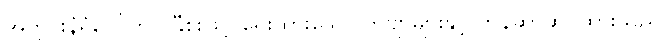
အတွင်းနံရံပေါ်တွင် နွီစူးဖြင့် ရေးထားသော ကဗျာများနှင့် တန်ဆာဆင်ထားသည်။